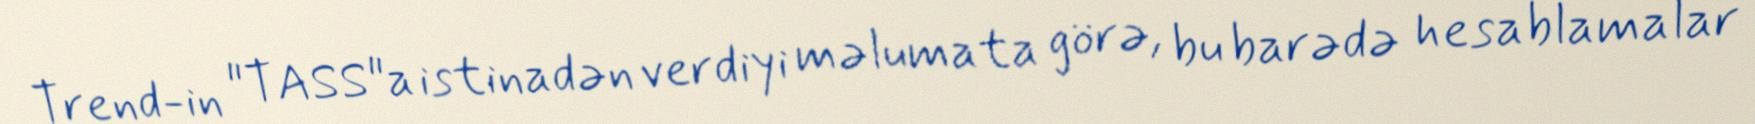
Trend-in "TASS"a istinadən verdiyi məlumata görə, bu barədə hesablamalar